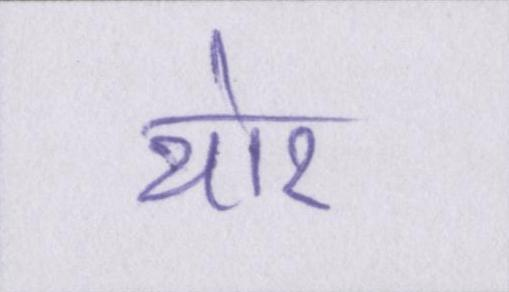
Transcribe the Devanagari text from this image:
थोर